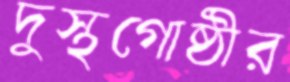
দুস্থগোষ্ঠীর